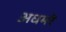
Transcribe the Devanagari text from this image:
अधमरे